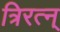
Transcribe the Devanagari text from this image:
त्रिरत्न्